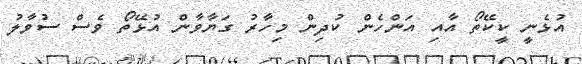
އުޅެނީ ކީކޭތޯ އާއި އަންހެން ކުދިން މިހާރު ގަޔާވާން އުޅޭތޯ ވެސް ސުވާލު